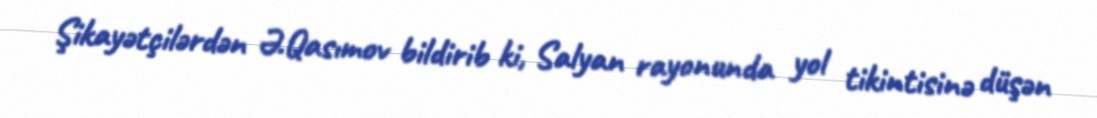
Şikayətçilərdən Ə.Qasımov bildirib ki, Salyan rayonunda yol tikintisinə düşən